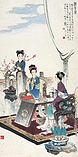
欲黄昏。雨打梨花深闭门。